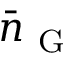
\bar { n } _ { \mathrm { ~ G ~ } }